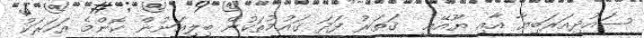
ސައުދިއަރަބިޔާ އާއި ޔޫއޭއީ  ޤަތަރު ފަދަ ޤައުމުތަކުން ބިލިއަނުން ކޮންމެ އަހަރަކު